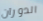
الدوران